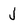
Character: j